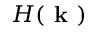
H ( \textbf { k } )